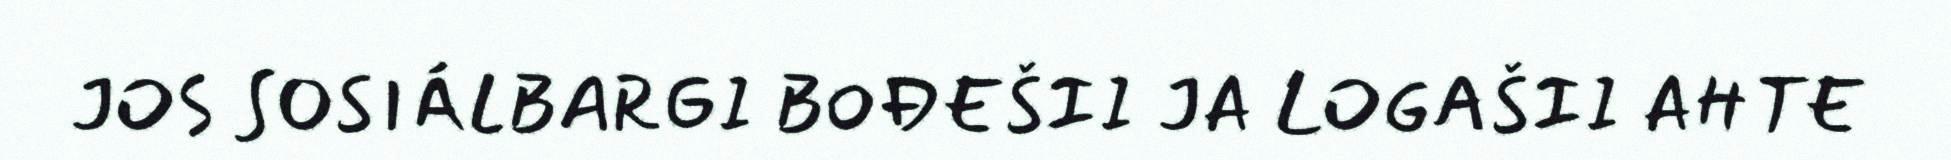
JOS SOSIÁLBARGI BOĐEŠII JA LOGAŠII AHTE